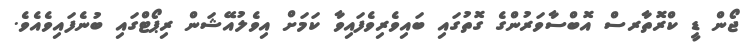
ޖޯން ޑީ ކްރޮތާރސް އޮބްސާވަރުންގެ ގޮތުގައި ބައިވެރިވެފައިވާ ކަމަށް އިވެލުއޭޝަން ރިޕޯޓްގައި ބުނެފައިވެއެވެ.